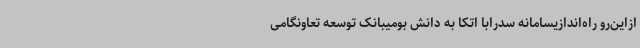
ازاین‌رو راه‌اندازیسامانه سدرابا اتکا به دانش بومیبانک توسعه تعاونگامی